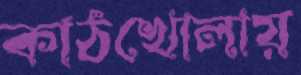
কাঠখোলায়